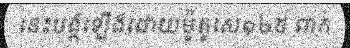
នេះបង្កឡើងដោយម៉ូតូសេ១២៥ ពាក់